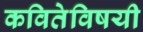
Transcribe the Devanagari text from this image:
कवितेविषयी